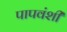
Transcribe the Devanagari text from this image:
पापवंशी